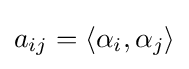
a_{ij}=\langle \alpha _{i},\alpha _{j}\rangle